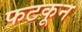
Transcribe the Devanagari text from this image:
फटकून